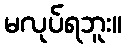
မလုပ်ရဘူး။